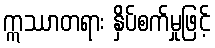
ဣဿာတရား နှိပ်စက်မှုဖြင့်